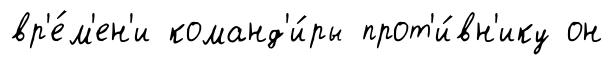
вр'е́м'ен'и команд'и́ры прот'и́вн'ику он